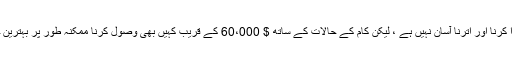
اگرچہ منافع بخش تحریری جِگز کو پورا کرنا اور اُترنا آسان نہیں ہے ، لیکن کام کے حالات کے ساتھ $ 60،000 کے قریب کہیں بھی وصول کرنا ممکنہ طور پر بہترین چیز ہے جو کسی کے ساتھ ہوسکتی ہے۔